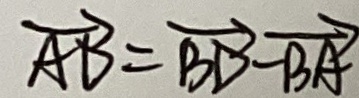
\overrightarrow { A D } = \overrightarrow { B D } - \overrightarrow { B A }